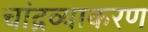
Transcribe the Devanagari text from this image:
चांद्रव्याकरण